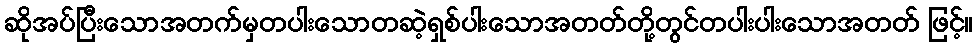
ဆိုအပ်ပြီးသောအတက်မှတပါးသောတဆဲ့ရှစ်ပါးသောအတတ်တို့တွင်တပါးပါးသောအတတ် ဖြင့်။